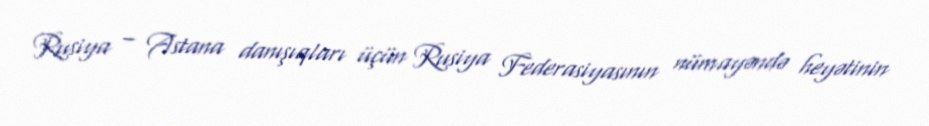
Rusiya – Astana danışıqları üçün Rusiya Federasiyasının nümayəndə heyətinin